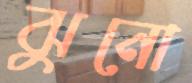
ঝুনো